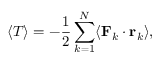
\langle T \rangle = - \frac { 1 } { 2 } \sum _ { k = 1 } ^ { N } \langle \mathbf { F } _ { k } \cdot \mathbf { r } _ { k } \rangle ,